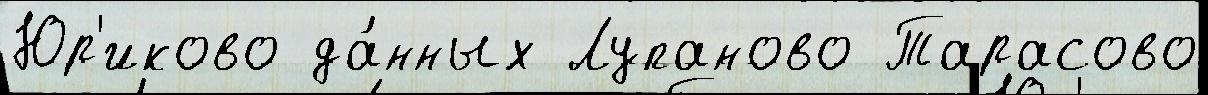
Юр'иково да́нных Лупаново Тарасово